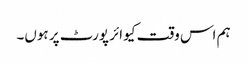
ہم اس وقت کیو ائر پورٹ پر ہوں۔